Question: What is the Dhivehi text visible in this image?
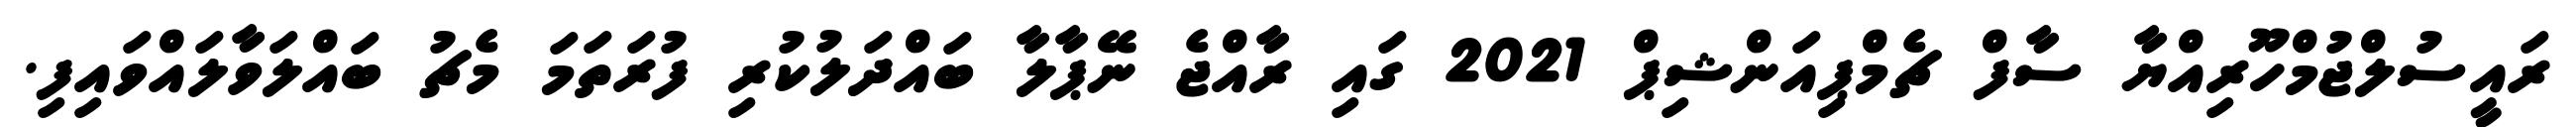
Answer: ރައީސުލްޖުމްހޫރިއްޔާ ސާފް ޗެމްޕިއަންޝިޕް 2021 ގައި ރާއްޖެ ނޭޕާލާ ބައްދަލުކުރި ފުރަތަމަ މެޗު ބައްލަވާލައްވައިފި.